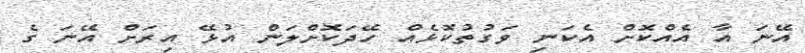
އޭނަ އާ އެއްކޮށް އެކަނި ވަގުތުކޮޅެއް ހޭދަކޮށްލަން އުޅޭ އިރަށް އޭނަ ގެ